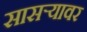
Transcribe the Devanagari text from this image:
सासर्‍यावर